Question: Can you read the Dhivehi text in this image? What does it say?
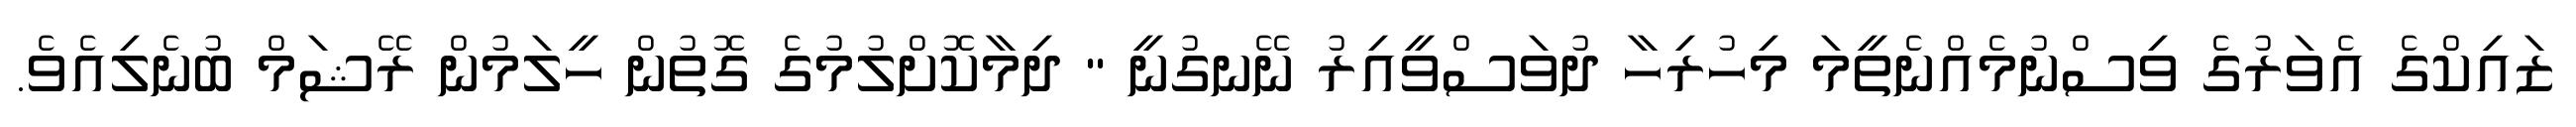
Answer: ޒައިކްގެ އެވަރުގެ ވިސްނުމެއްނެތީމަ މިހުރިހާ ދުވަސްވީއިރު ނޭނގުނީ " ދިމާކޮށްލުމުގެ ގޮތުން ހީލަމުން ރޭޝަމް ބުނެލިއެވެ.